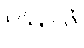
ပလ္လလံ